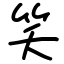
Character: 笑